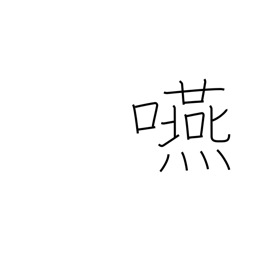
Meaning: swallow